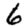
Digit: 6